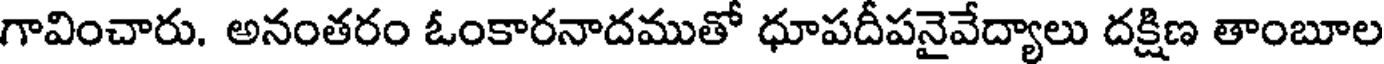
గావించారు. అనంతరం ఓంకారనాదముతో ధూపదీపనైవేద్యాలు దక్షిణ తాంబూల